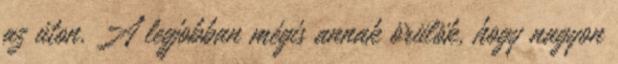
az úton. A legjobban mégis annak örülök, hogy nagyon